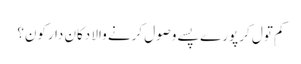
کم تول کر پورے پسے وصول کرنے والا دکان دارکون؟